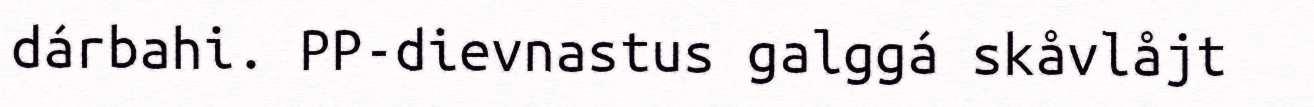
dárbahi. PP-dievnastus galggá skåvlåjt